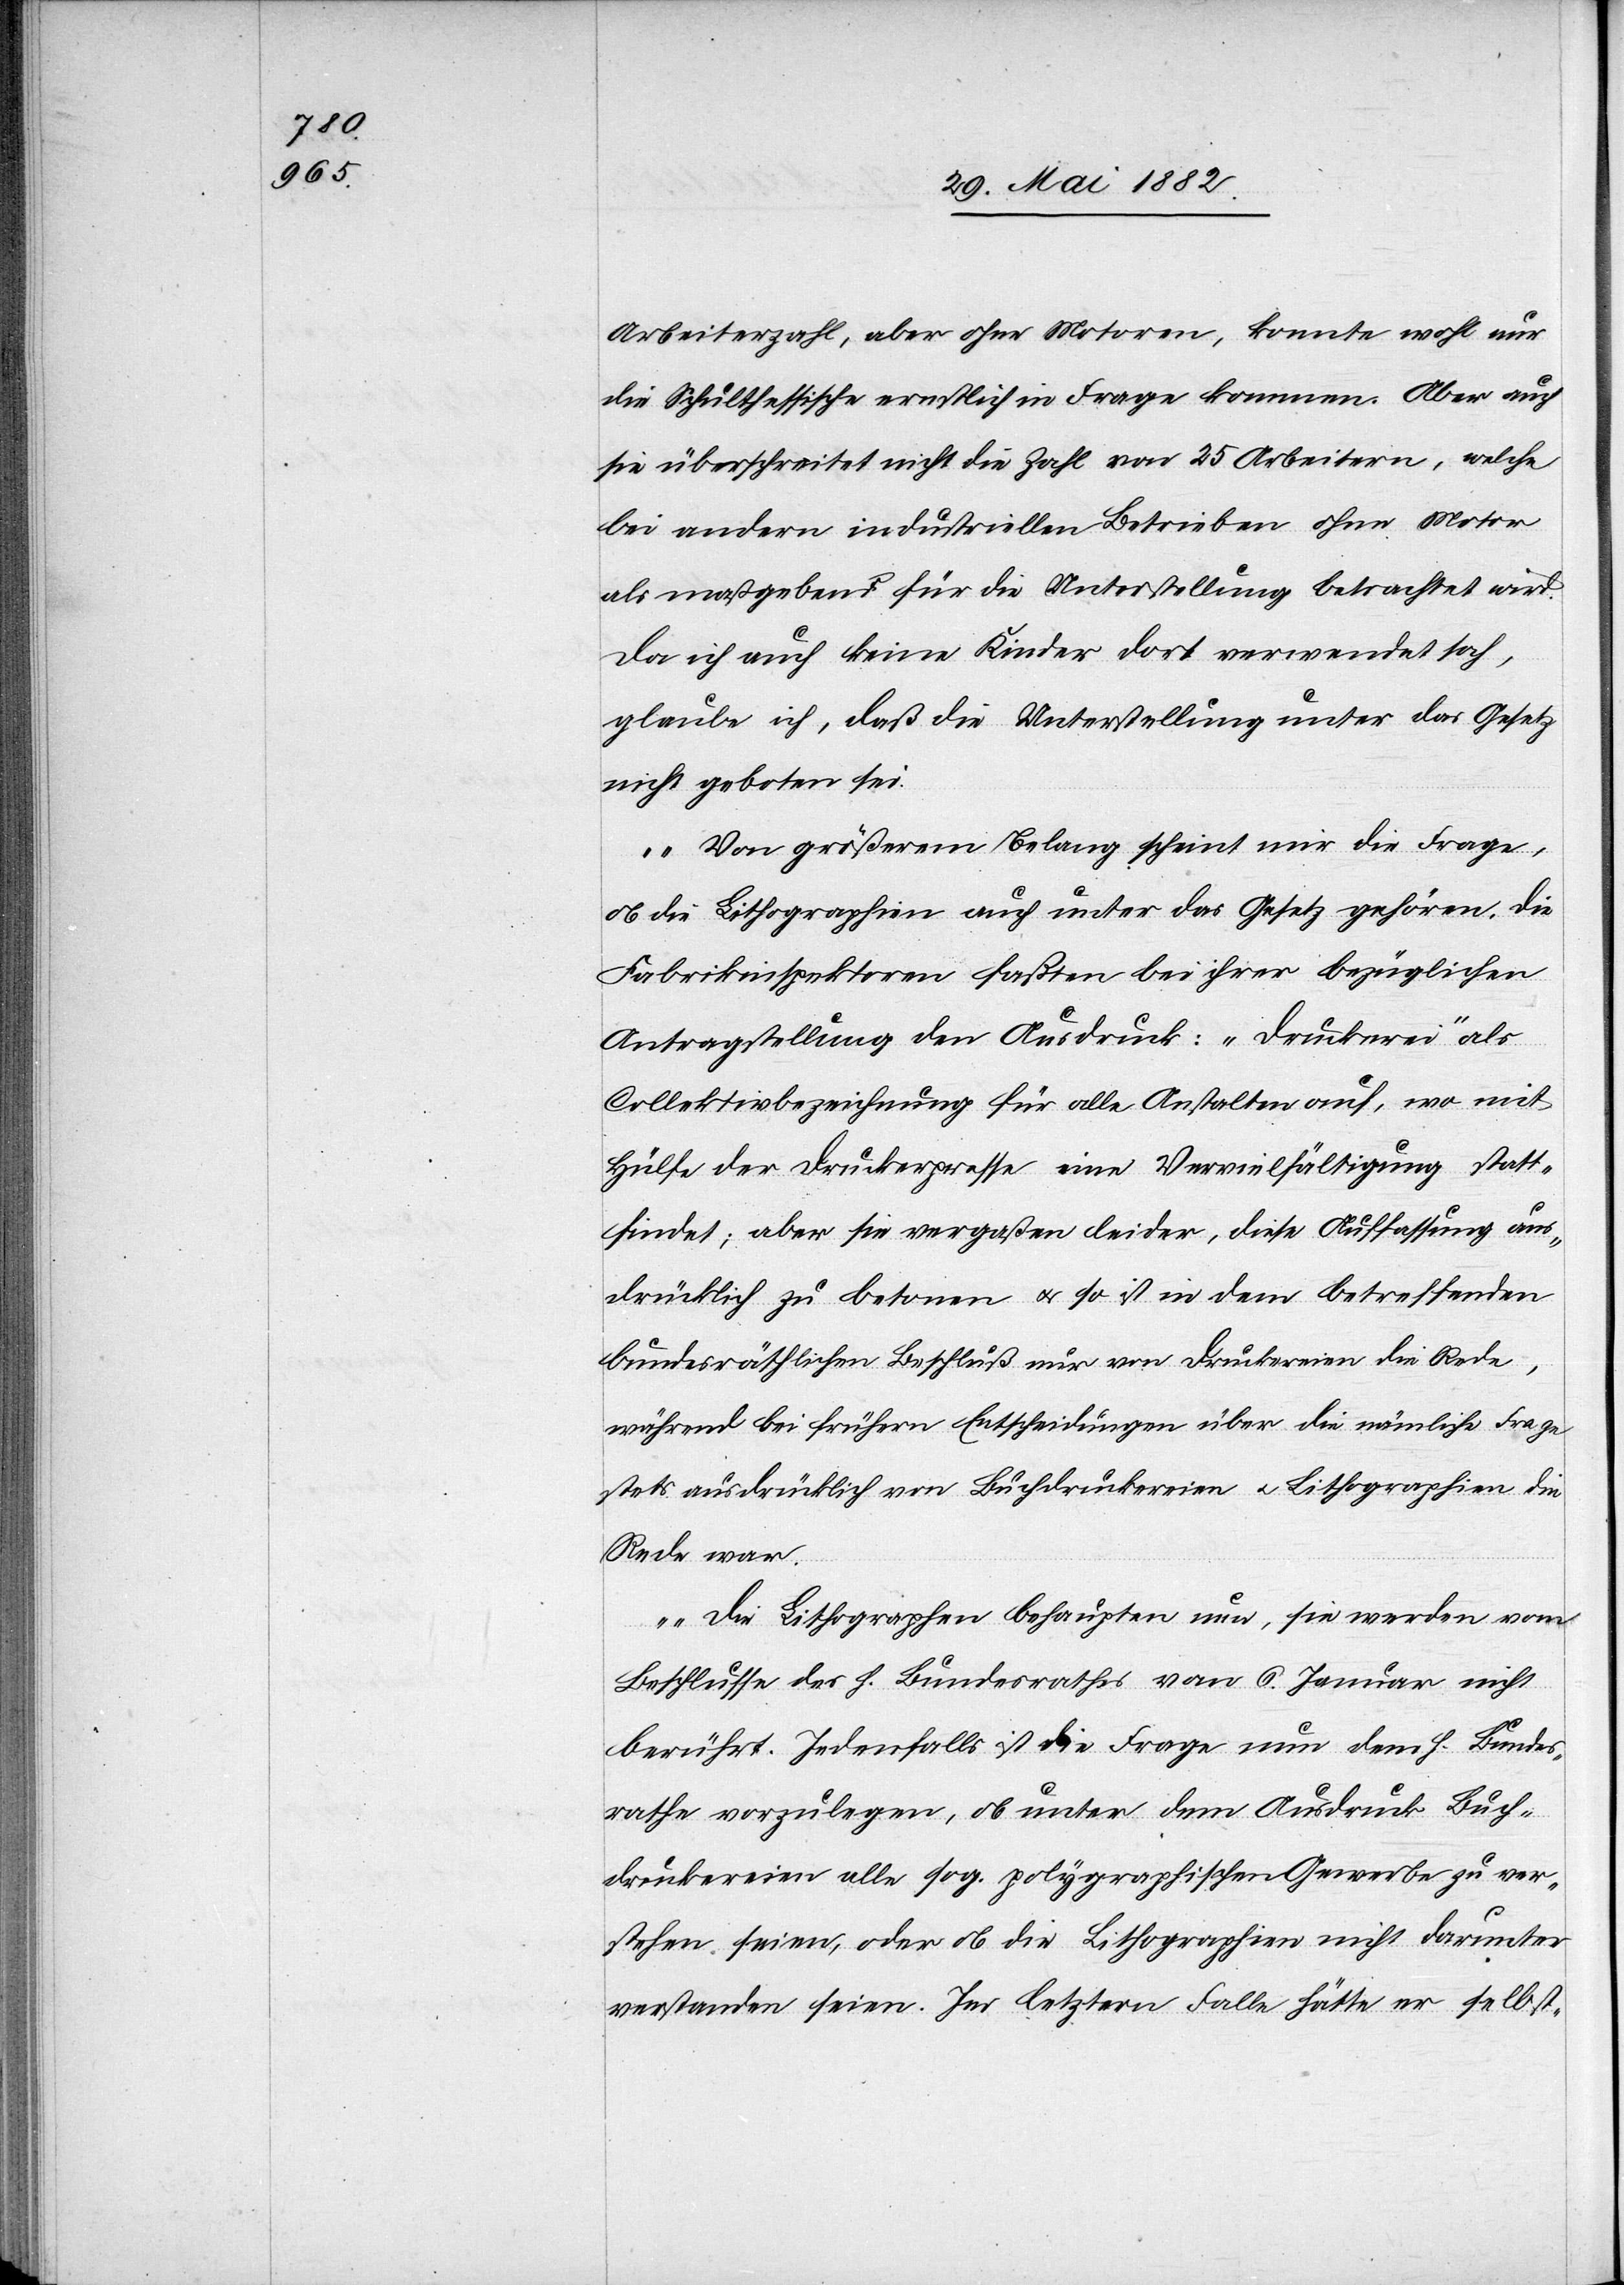
Arbeiterzahl, aber ohne Motoren, könnte wohl nur
die Schulthessische ernstlich in Frage kommen. Aber auch
sie überschreitet nicht die Zahl von 25 Arbeitern, welche
bei andern industriellen Betrieben ohne Motor
als maßgebend für die Unterstellung betrachtet wird.
Da ich auch keine Kinder dort verwendet sah,
glaube ich, daß die Unterstellung unter das Gesetz
nicht geboten sei.
Von größerem Belang scheint mir die Frage,
ob die Lithographien auch unter das Gesetz gehören. Die
Fabrikinspektoren faßten bei ihrer bezüglichen
Antragstellung den Ausdruck: „Druckerei“ als
Collektivbezeichnung für alle Anstalten auf, wo mit
Hülfe der Druckerpresse eine Vervielfältigung statt¬
findet; aber sie vergaßen leider, diese Auffassung aus¬
drücklich zu betonen u. so ist in dem betreffenden
bundesräthlichen Beschluß nur von Druckereien die Rede,
während bei frühern Entscheidungen über die nämliche Frage
stets ausdrücklich von Buchdruckereien u. Lithographien die
Rede war.
Die Lithographen behaupten nun, sie werden vom
Beschlusse des h. Bundesrathes vom 6. Januar nicht
berührt. Jedenfalls ist die Frage nun dem h. Bundes¬
rathe vorzulegen, ob unter dem Ausdruck Buch¬
druckereien alle sog. polygraphischen Gewerbe zu ver¬
stehen seien, oder ob die Lithographien nicht darunter
verstanden seien. Im letztern Falle hätte er selbst-